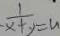
\frac { 1 } { x + y } = u